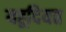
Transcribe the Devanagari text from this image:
यहूदियत